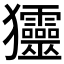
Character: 𤣤